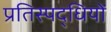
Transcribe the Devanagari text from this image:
प्रतिस्पद्धियों